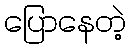
ပြောနေတဲ့